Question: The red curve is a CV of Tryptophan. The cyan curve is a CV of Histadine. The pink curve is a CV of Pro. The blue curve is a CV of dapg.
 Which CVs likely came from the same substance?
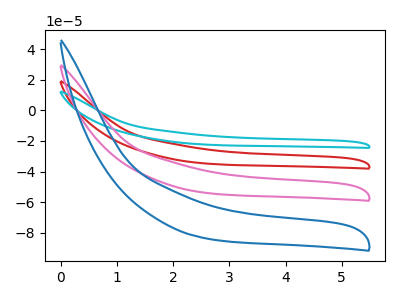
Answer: <think>The red curve "Tryptophan" has no peaks. The cyan curve "Histadine" has no peaks. The pink curve "Pro" has no peaks. The blue curve "dapg" has no peaks.
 Neither "Tryptophan" or "Histadine" have any peaks. Neither "Tryptophan" or "Pro" have any peaks. Neither "Tryptophan" or "dapg" have any peaks. Neither "Histadine" or "Pro" have any peaks. Neither "Histadine" or "dapg" have any peaks. Neither "Pro" or "dapg" have any peaks.</think>
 <answer>"dapg", "Tryptophan", "Histadine" and "Pro" have the same shape and are likely CV's of the same chemical.</answer>
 <eval>"dapg" "Tryptophan" "Histadine" "Pro"</eval>